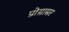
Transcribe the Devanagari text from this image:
प्रोग्राम्रर